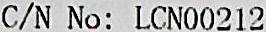
C/N NO: LCN00212